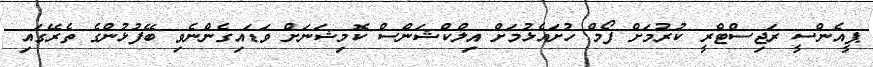
ޕީއެންސީ ރަޖިސްޓްރީ ކުރުމަށް ފޯމް ހުށައެޅުމަށް އިލްކްޝަންސް ކޮމިޝަނަށް ވަޑައިގެންނެވި ބޭފުޅުންގެ ތެރޭގައި